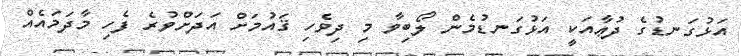
އަޅުގަނޑުގެ ދުޢާއަކީ އަޅުގަނޑުމެން ލޯބިވާ މި ދިވެހި ޤައުމަށް އަދަށްވުރެ ފެހި މާދަމައެއް